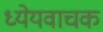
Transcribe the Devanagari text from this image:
ध्येयवाचक